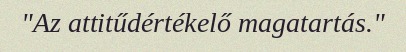
"Az attitűdértékelő magatartás."